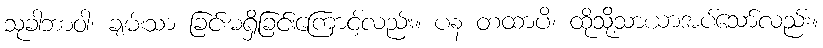
သုခါဘာဝါ၊ ချမ်းသာ ခြင်းမရှိခြင်းကြောင့်လည်း။ ပန တထာပိ၊ ထိုသို့သာယာအပ်သော်လည်း။